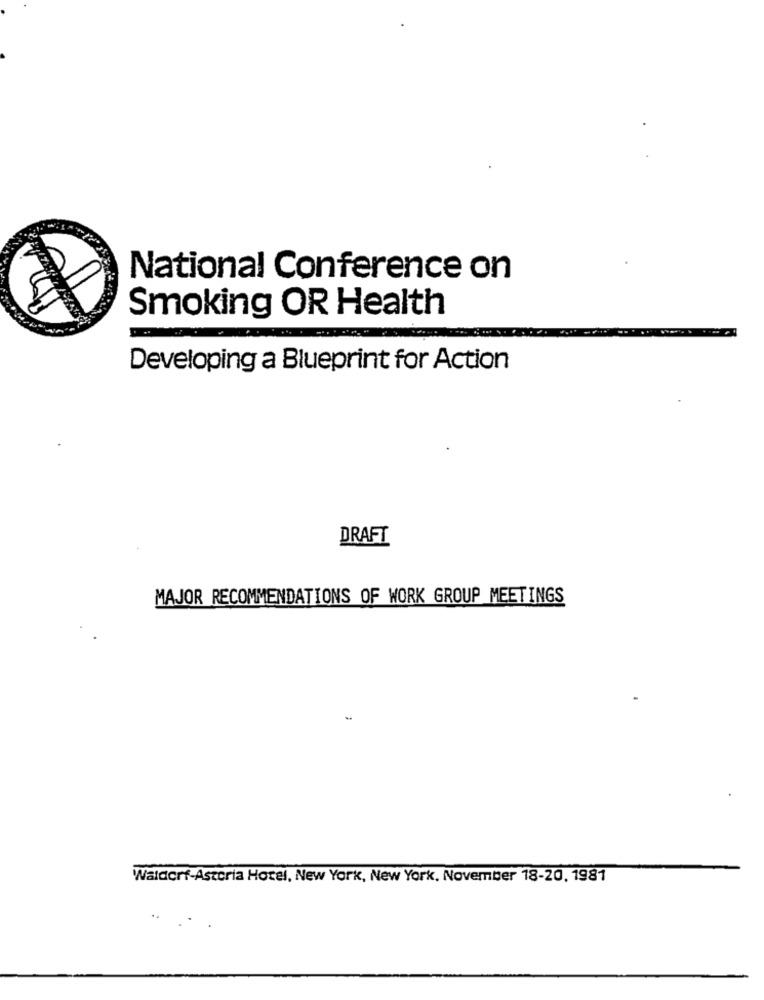
National Conference on
Smoking OR Health
Developing a Blueprint for Action
DRAFT
MAJOR RECOMMENDATIONS OF WORK GROUP MEETINGS
Waldorf-Astoria Hotel, New York, New York, November 18-20, 1981
..